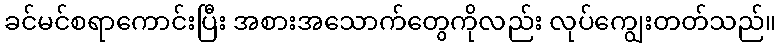
ခင်မင်စရာကောင်းပြီး အစားအသောက်တွေကိုလည်း လုပ်ကျွေးတတ်သည်။